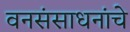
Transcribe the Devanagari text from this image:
वनसंसाधनांचे